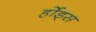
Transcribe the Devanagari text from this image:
र्होड्स